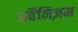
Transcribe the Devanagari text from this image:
अर्बैनिज़म